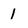
Character: 1